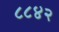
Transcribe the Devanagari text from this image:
८८४२